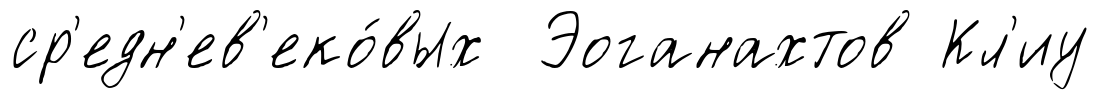
ср'едн'ев'еко́вых Эоганахтов Кл'иу